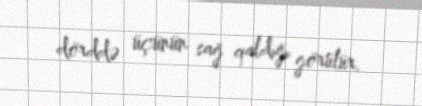
dörddə üçünün sağ qaldığı görülür.